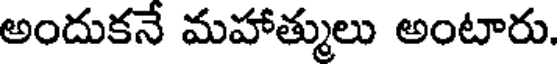
అందుకనే మహాత్ములు అంటారు.